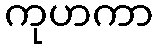
ကုဟကာ